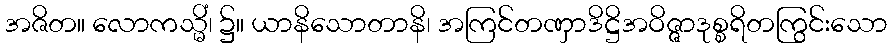
အဇိတ။ လောကသ္မိံ၊ ၌။ ယာနိသောတာနိ၊ အကြင်တဏှာဒိဋ္ဌိအဝိဇ္ဇာဒုစ္စရိတကြွင်းသော